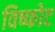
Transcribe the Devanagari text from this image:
विष्फोट